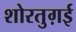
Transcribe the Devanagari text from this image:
शोरतुग़ई